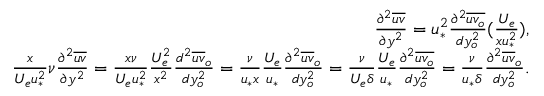
\begin{array} { r } { \frac { \partial ^ { 2 } \overline { { u v } } } { \partial y ^ { 2 } } = u _ { * } ^ { 2 } \frac { \partial ^ { 2 } \overline { { u v _ { o } } } } { d y _ { o } ^ { 2 } } ( \frac { U _ { e } } { x u _ { * } ^ { 2 } } ) , } \\ { \frac { x } { U _ { e } u _ { * } ^ { 2 } } \nu \frac { \partial ^ { 2 } \overline { { u v } } } { \partial y ^ { 2 } } = \frac { x \nu } { U _ { e } u _ { * } ^ { 2 } } \frac { U _ { e } ^ { 2 } } { x ^ { 2 } } \frac { d ^ { 2 } \overline { { u v } } _ { o } } { d y _ { o } ^ { 2 } } = \frac { \nu } { u _ { * } x } \frac { U _ { e } } { u _ { * } } \frac { \partial ^ { 2 } \overline { { u v } } _ { o } } { d y _ { o } ^ { 2 } } = \frac { \nu } { U _ { e } \delta } \frac { U _ { e } } { u _ { * } } \frac { \partial ^ { 2 } \overline { { u v _ { o } } } } { d y _ { o } ^ { 2 } } = \frac { \nu } { u _ { * } \delta } \frac { \partial ^ { 2 } \overline { { u v } } _ { o } } { d y _ { o } ^ { 2 } } . } \end{array}